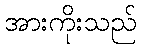
အားကိုးသည်